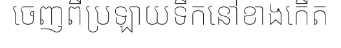
ចេញពីប្រឡាយទឹកនៅខាងកើត